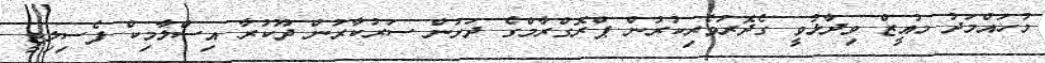
މުހައްމަދު މުއީޒް ވިދާޅުވީ ގެދޮރުވެރިކުރުން ޕްރޮގްރާމްގެ ދަށުން ސަރުކާރުން ދޫކުރާ އިސްލާމިކް ފެސިލިޓީ